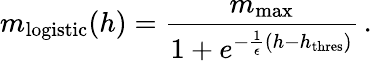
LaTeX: m_{\mathrm{logistic}}(h)=\frac{m_{\mathrm{max}}}{1+e^{-\frac{1}{\epsilon}\left(h-h_{\mathrm{thres}}\right)}}\, .